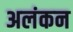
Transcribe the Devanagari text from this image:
अलंकन